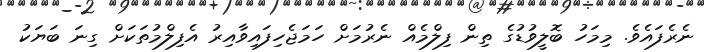
ނެރެފައެވެ. މިމަހު ބޮލީވުޑުގެ ތިން ފިލްމެއް ނެރުމަށް ހަމަޖެހިފައިވާއިރު އެފިލްމުތަކަށް ގިނަ ބަޔަކު